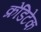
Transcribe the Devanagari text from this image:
क्रेडिटेक